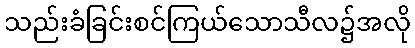
သည်းခံခြင်းစင်ကြယ်သောသီလ၌အလို